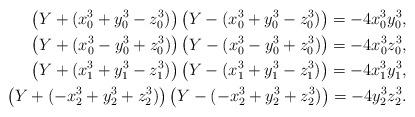
LaTeX: \begin{align*}\left(Y+(x_0^3+y_0^3-z_0^3)\right)\left(Y-(x_0^3+y_0^3-z_0^3)\right)=-4x_0^3y_0^3,\\\left(Y+(x_0^3-y_0^3+z_0^3)\right)\left(Y-(x_0^3-y_0^3+z_0^3)\right)=-4x_0^3z_0^3,\\\left(Y+(x_1^3+y_1^3-z_1^3)\right)\left(Y-(x_1^3+y_1^3-z_1^3)\right)=-4x_1^3y_1^3,\\\left(Y+(-x_2^3+y_2^3+z_2^3)\right)\left(Y-(-x_2^3+y_2^3+z_2^3)\right)=-4y_2^3z_2^3.\end{align*}